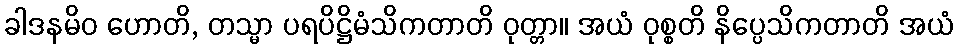
ခါဒနမိဝ ဟောတိ, တသ္မာ ပရပိဋ္ဌိမံသိကတာတိ ဝုတ္တာ။ အယံ ဝုစ္စတိ နိပ္ပေသိကတာတိ အယံ